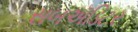
સબઍડિટર